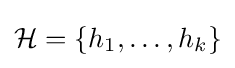
{\mathcal {H}}=\{h_{1},\dots ,h_{k}\}